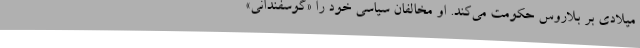
میلادی بر بلاروس حکومت می‌کند. او مخالفان سیاسی خود را «گوسفندانی»